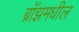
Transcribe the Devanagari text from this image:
ब्राँझमधील